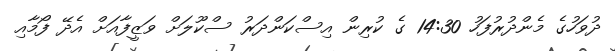
ދުވަހުގެ މެންދުރުފަހު 14:30 ގެ ކުރިން އިސްކަންދަރު ސްކޫލަށް ވަޒީފާއަށް އެދޭ ފޯމާއި